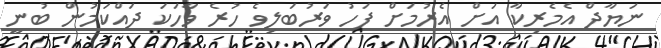
ނަޔާދް އެމެރިކާ އަށް އެރުމަށް ފަހު ވަރުބަލިވެ ހުރެ ވާހަކަ ދައްކަމުން ބުނީ